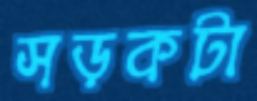
সড়কটা